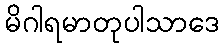
မိဂါရမာတုပါသာဒေ